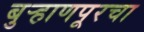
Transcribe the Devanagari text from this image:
बुर्‍हाणपूरचा